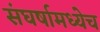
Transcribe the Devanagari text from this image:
संघर्षामध्येच